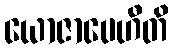
ယောဇာပေဟီတိ